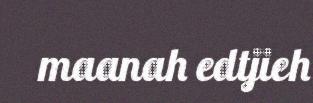
maanah edtjieh